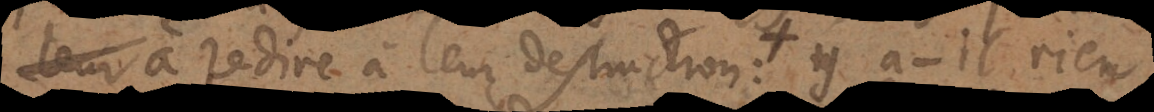
leur à redire à leur destruction. y a‐t‐il rien